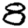
Digit: 8